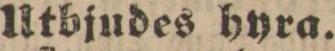
Utbjudes hyra.